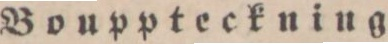
Bouppteckning.